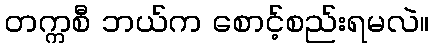
တက္ကစီ ဘယ်က စောင့်စည်းရမလဲ။